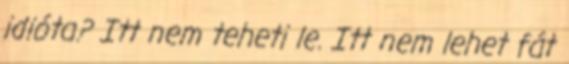
idióta? Itt nem teheti le. Itt nem lehet fát